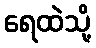
ရေထဲသို့